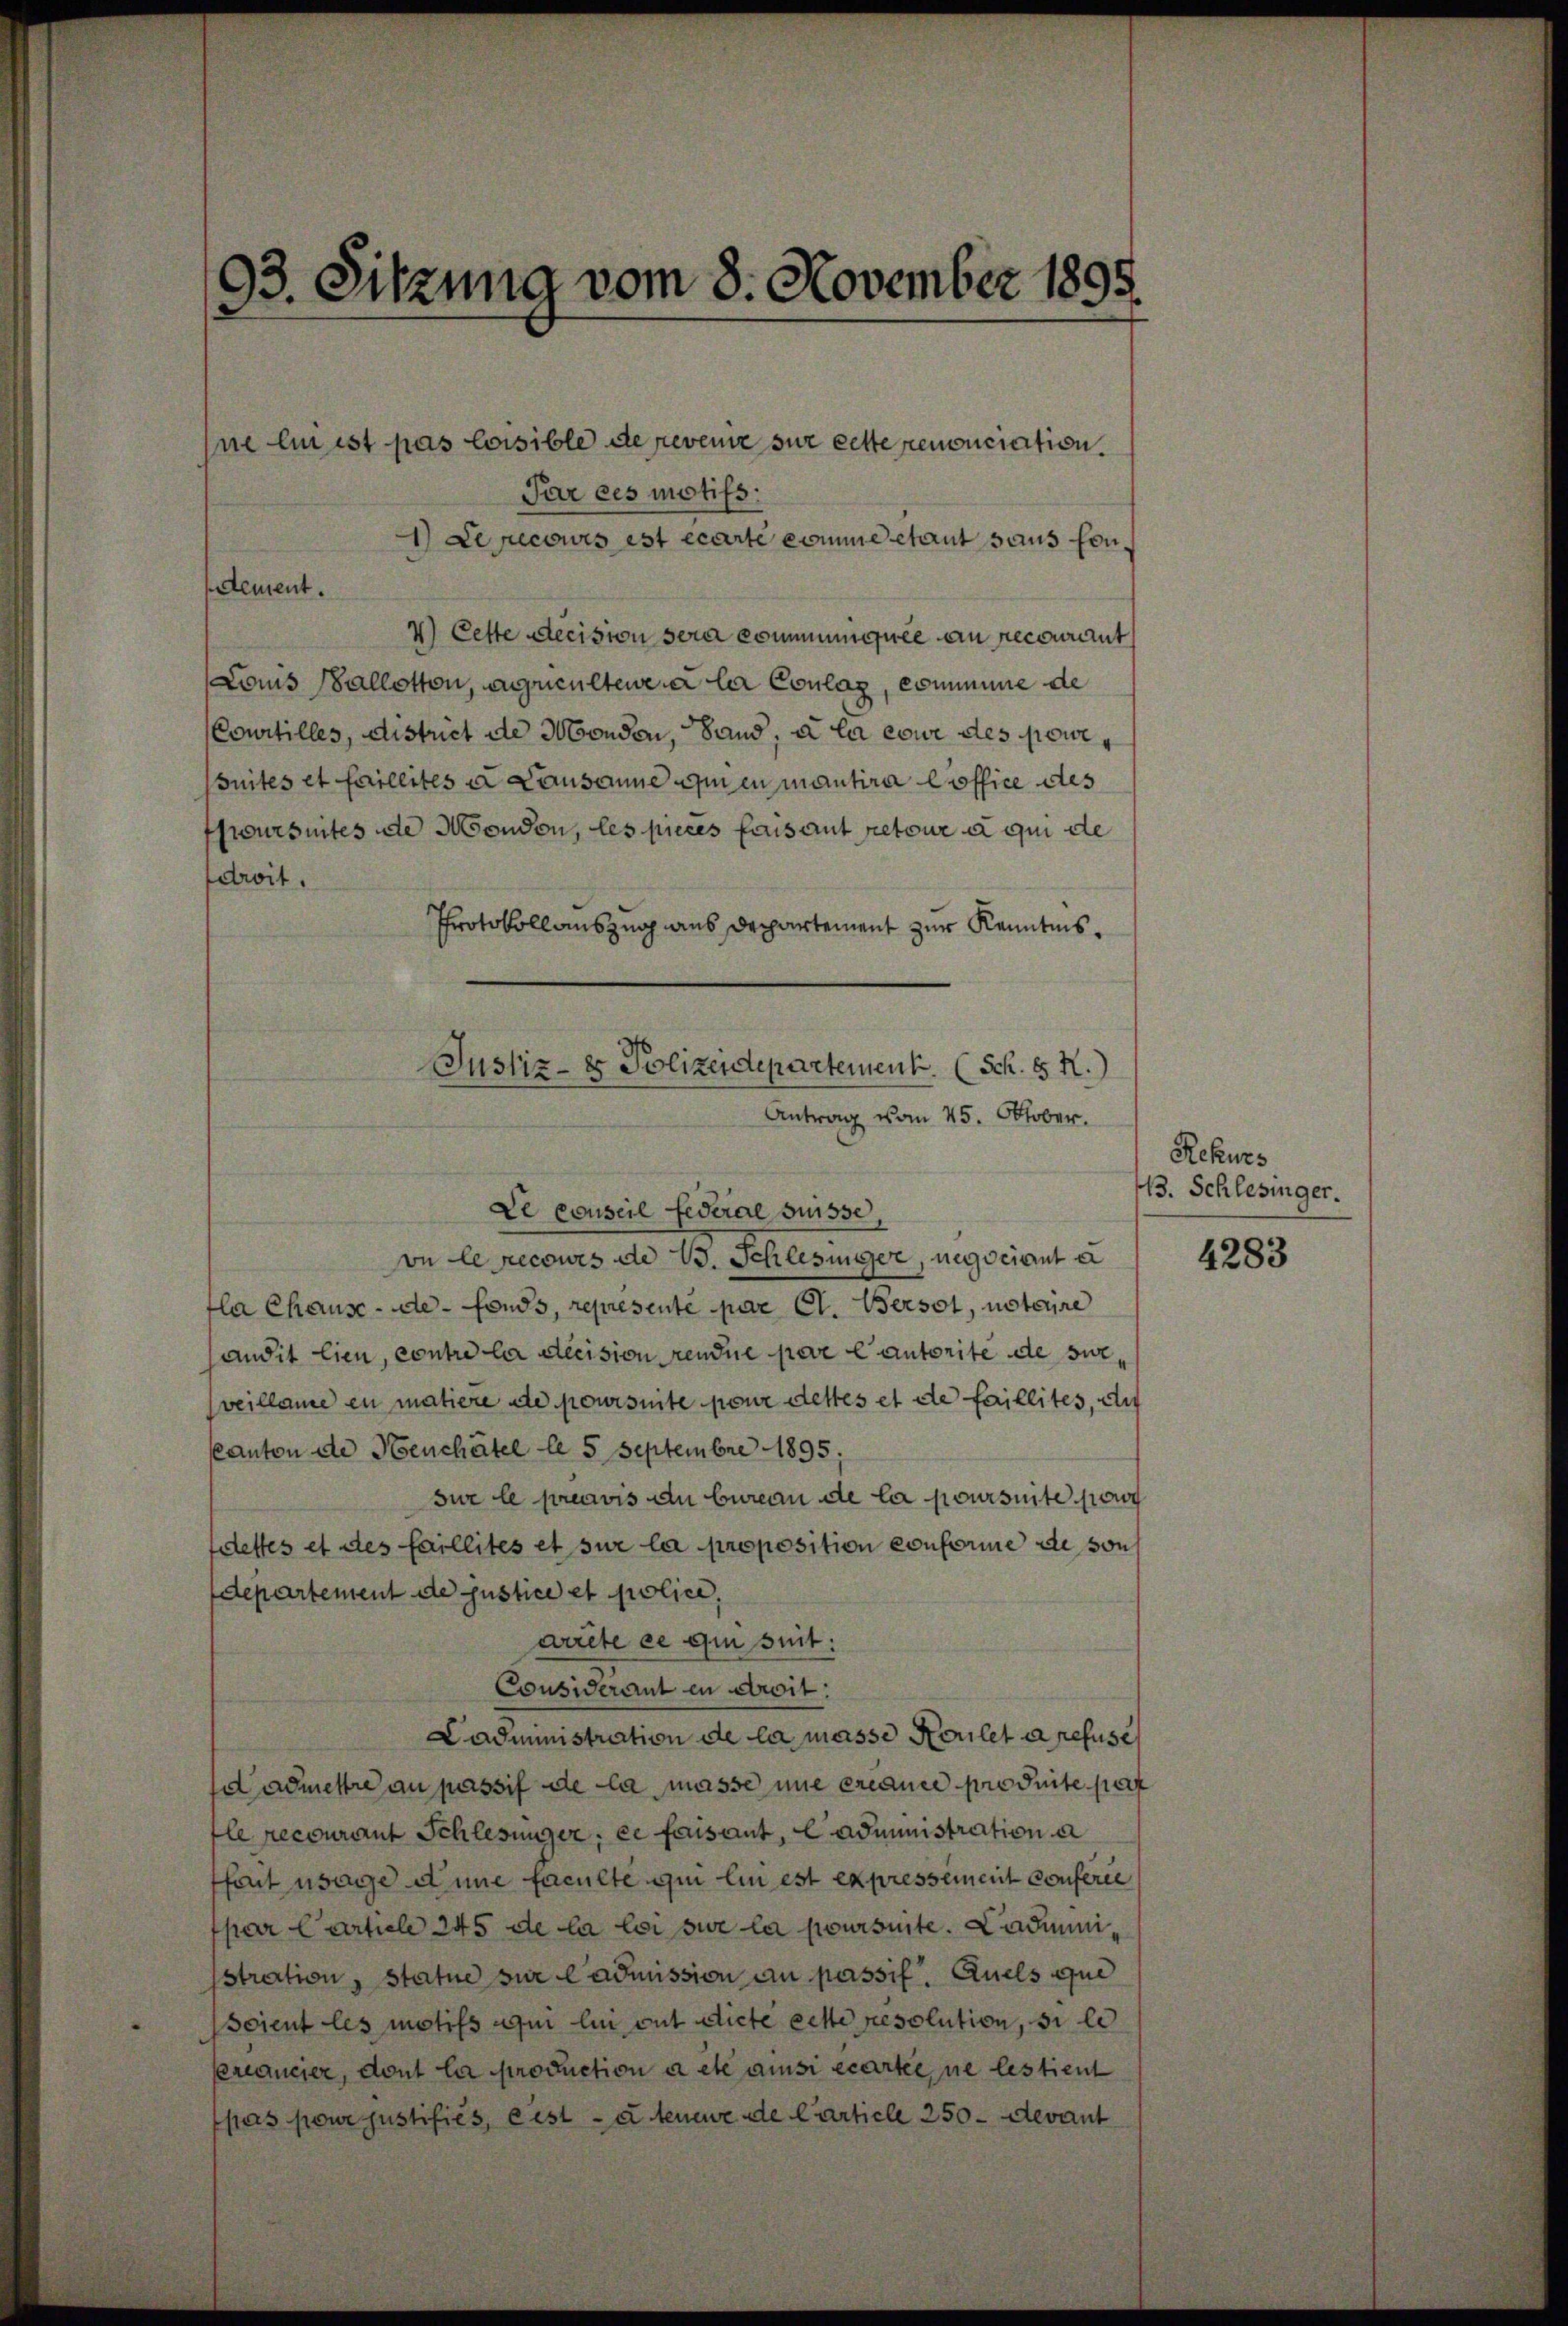
ne lin ist pas loisible de revenir sur cette renonciation.
Par ces motifs.
1) Le recours est écarte komme etaut sans Con¬
4) Cette decision sera commungute an recourant
Louis Ballotton, aucultene a le Coulag, commune de
(Courtilles, district de Mondern, Sand, a la cour des powesuites et faillites u Lausanne qui en mantira Coffice des
fwursuites die Mondon, les pieces fousaut retour à qui de
droit.
Protokoll auszug aus Departement zur Kenntnis¬

93. Sitzung vom 8. November 1895.

dement.

Justiz- & Polizeidepartement. (Sch. S R.)
Antrag vom 25. Oktober.
Le conseil federal Suisse,

on le recours de 15. Schlesinger, negociant a
fla Chause - de fonds, represente par Cl. Bersol, notaire
andit lieu, contre la decision rendue pare lautorite de sur,
veillame en matiere de poursuite pour dettes et de faillites, auf
canton de Heuchâtel le 5 Septembre 1895,
sur le préavis du bureau de la poursuite so
ddesses et des faillités et sur la proposition conforme de von
departement de Justice et police,
arrete ce qui suit:
Considerant en droit:
Cadministration de la masse Koulet a refuse
admettre au passif de la masse nie eredner produite pat
fle recourant Schlesinger, ce faisant, e administration a
fait usage anne faculte qui lui est expressement conferie
fpar Cartel 245 de la loi sur la poursuite. Cadimisstration, statue sur l’admission an passif, Quels que
Soient les motifs qui le mit dicte cette résolution, si le
ercancier, dont la production a etc ainsi écartel ne lestient
pas pour justifiés, cest - u. teuere de Carticle 250 - devant

Rekurs
13. Schlesinger.

4283